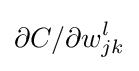
\partial C/\partial w_{jk}^{l}